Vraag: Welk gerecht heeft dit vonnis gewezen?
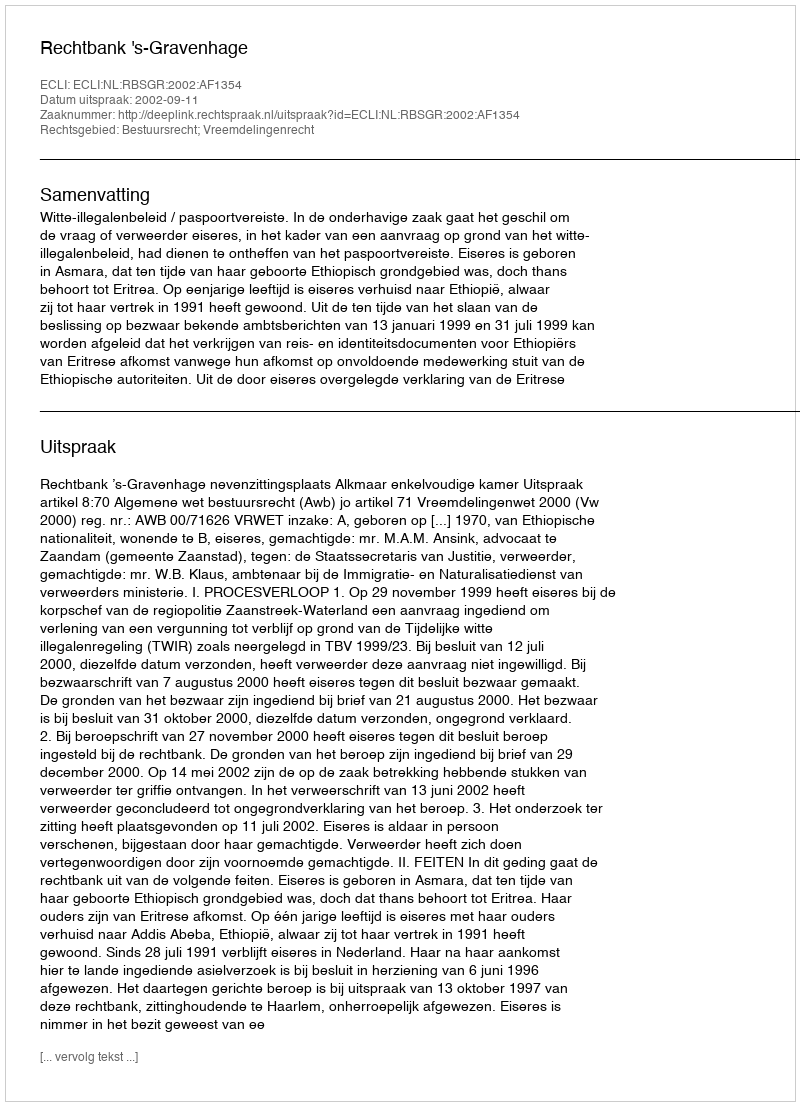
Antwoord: Rechtbank 's-Gravenhage